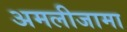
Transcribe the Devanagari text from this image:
अमलीजामा